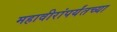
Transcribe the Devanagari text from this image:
महावीरांपर्यंतच्या